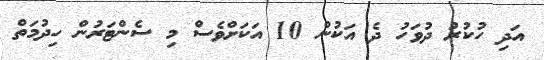
އަދި ހުކުރު ދުވަހު ދެ އަކުން 10 އަކަށްވެސް މި ސެންޓަރުން ހިދުމަތް